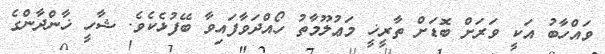
ވައްހާބު އަކީ ވަރަށް ބޮޑަށް ތާރީޚީ މަޢުލޫމާތު ހޯއްދަވާފައިވާ ބޭފުޅެކެވެ. ޝާހީ ޚާންދާންގެ